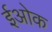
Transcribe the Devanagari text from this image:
ईओक